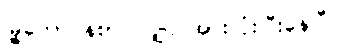
မြို့တော်ဝန်စာပါလျှင် အားလုံးပြီးနေပြီ။